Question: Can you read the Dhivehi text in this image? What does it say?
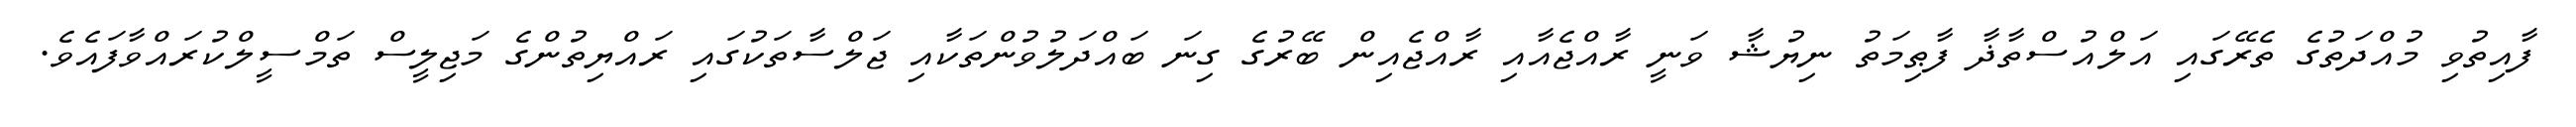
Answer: ފާއިތުވި މުއްދަތުގެ ތެރޭގައި އަލްއުސްތާޛާ ފާޠިމަތު ނިޔުޝާ ވަނީ ރާއްޖެއާއި ރާއްޖެއިން ބޭރުގެ ގިނަ ބައްދަލުވުންތަކާއި ޖަލްސާތަކުގައި ރައްޔިތުންގެ މަޖިލީސް ތަމްސީލްކުރައްވާފައެވެ.